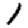
Digit: 1